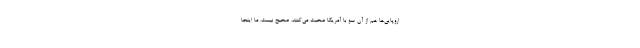
اروپایی‌ها هم از آن سو با آمریکا صحبت می‌کنند، صحیح نیست. ما اینجا